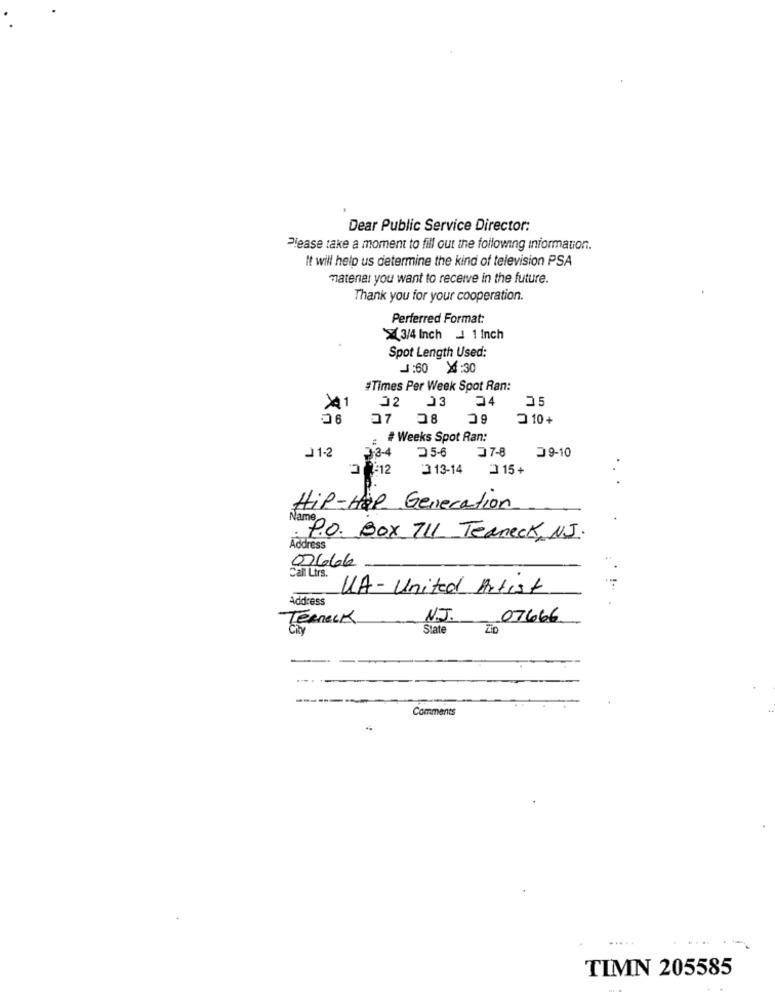
Dear Public Service Director:
Please take a moment to fill out the following information.
It will help us determine the kind of television PSA
matenal you want to receive in the future.
Thank you for your cooperation.
Perferred Format:
3/4 Inch _ 1 Inch
Spot Length Used:
J:60 X:30
#Times Per Week Spot Ran:
02
03
24
35
41
6
17 28
2 10+
# Weeks Spot Ran:
J1-2
3-3-4
35-6
07-8
29-10
3 -12
:313-14
3 15+
Hip-Hop Generation
: P.O. Box 711 Teaneck, NJ.
Address
02666
Call Ltrs.
UA- United Artist
Address
TERneck
N.J.
07666
State
Zip
Comments
...
TIMN 205585